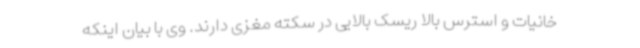
خانیات و استرس بالا ریسک بالایی در سکته مغزی دارند. وی با بیان اینکه